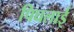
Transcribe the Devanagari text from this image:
पिघलाई